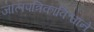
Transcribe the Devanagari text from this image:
जालपत्रिकाविश्वाने